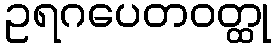
ဥရဂပေတဝတ္ထု